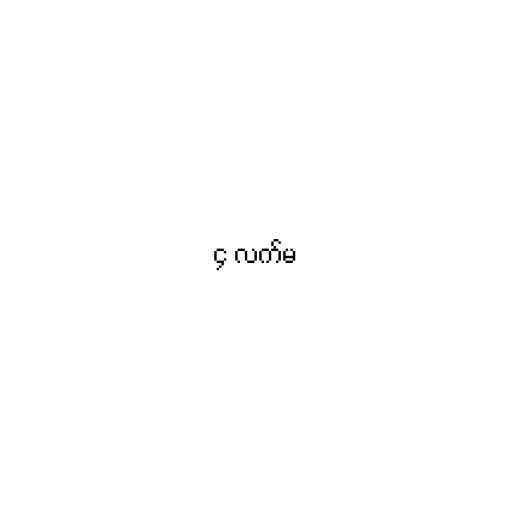
၄ လက်မ